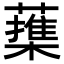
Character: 𦿕